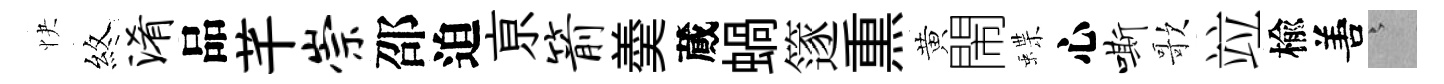
快煞淆品芊崇邵迫亰箭羮蕆蝸篴𤋱黄閙蝶心嘶歌竝楡𠵊澹